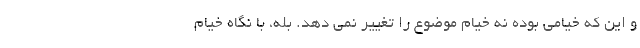
و این که خیامی بوده نه خیام موضوع را تغییر نمی دهد. بله، با نگاه خیام